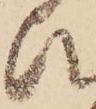
ひ